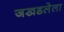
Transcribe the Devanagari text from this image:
जखडलेला